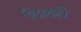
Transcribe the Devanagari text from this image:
दिलही